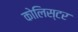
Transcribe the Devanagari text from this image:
कोलिस्टर